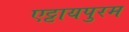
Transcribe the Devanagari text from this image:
एट्टायपुरम